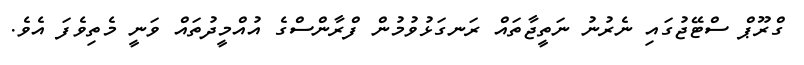
ގްރޫޕް ސްޓޭޖުގައި ނެރުނު ނަތީޖާތައް ރަނގަޅުވުމުން ފްރާންސްގެ އުއްމީދުތައް ވަނީ މެތިވެފަ އެވެ.